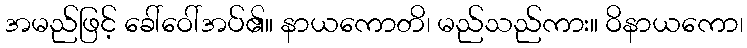
အမည်ဖြင့် ခေါ်ဝေါ်အပ်၏။ နာယကောတိ၊ မည်သည်ကား။ ဝိနာယကော၊